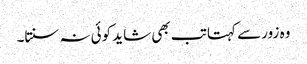
وہ زور سے کہتا تب بھی شاید کوئی نہ سنتا۔